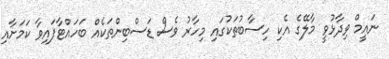
ނައީމް ވިދާޅުވީ މާލޭގެ އެކި ހިސާބުތަކުގައި މިހާރު ވެސް ޑަސްބިންތަކެއް ބަހައްޓާފައިވާ ކަމަށާއި